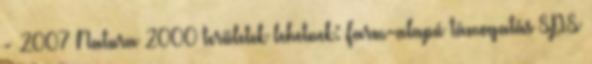
- 2007 Natura 2000 területek lehetnek: Farm-alapú támogatás SPS